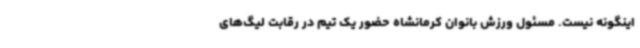
اینگونه نیست. مسئول ورزش بانوان کرمانشاه حضور یک تیم در رقابت لیگ‌های